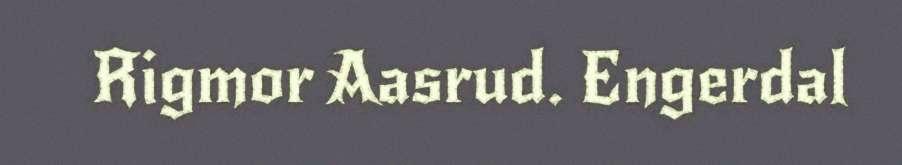
Rigmor Aasrud. Engerdal